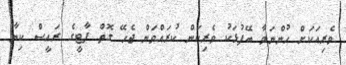
ވެރިއަކަށް ހުންނަވާ ބޭފުޅަކު ވެރިކަން ކުރައްވަން ޖެހޭ ގޮތް ޕާޓީގެ ރައީސް ކިޔާ